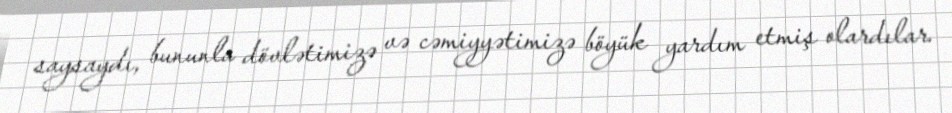
saysaydı, bununla dövlətimizə və cəmiyyətimizə böyük yardım etmiş olardılar.